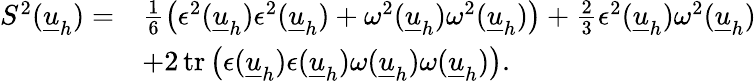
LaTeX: \begin{array}{rl}{S^{2}(\underline{{u}}_{h})=}&{\frac{1}{6}\big(\epsilon^{2}(\underline{{u}}_{h})\epsilon^{2}(\underline{{u}}_{h})+\omega^{2}(\underline{{u}}_{h})\omega^{2}(\underline{{u}}_{h})\big)+\frac{2}{3}\epsilon^{2}(\underline{{u}}_{h})\omega^{2}(\underline{{u}}_{h})}\\ &{+2\operatorname{tr}\big(\epsilon(\underline{{u}}_{h})\epsilon(\underline{{u}}_{h})\omega(\underline{{u}}_{h})\omega(\underline{{u}}_{h})\big).}\end{array}